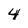
Character: 4